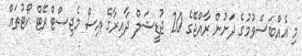
މި އެއްބަސްވުމުގެ ދަށުން ރާއްޖޭގެ 20 ޖުޑީޝަލް ދާއިރާގެ އިސް މެޖިސްޓްރޭޓް ކޯޓުތައް